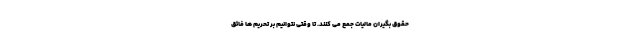
حقوق بگیران مالیات جمع می کنند. تا وقتی نتوانیم بر تحریم ها فائق